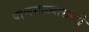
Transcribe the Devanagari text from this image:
पाणमळ्यासाठी